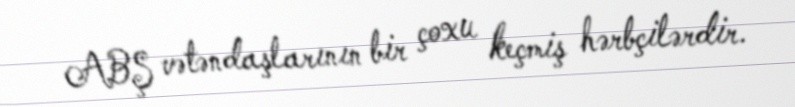
ABŞ vətəndaşlarının bir çoxu keçmiş hərbçilərdir.